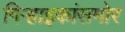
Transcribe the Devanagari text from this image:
गिऱ्हाइकांसमोर